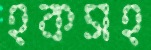
হকসহ